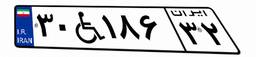
۹۰W۰۰۹۰۶